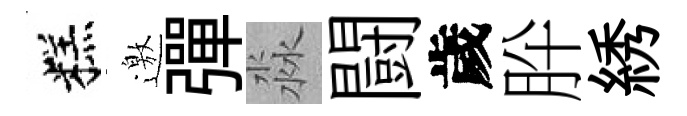
糕邀彈淼闘歲肸綉